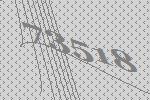
73518